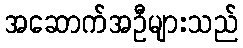
အဆောက်အဦများသည်